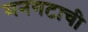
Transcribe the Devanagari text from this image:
मनगटाची